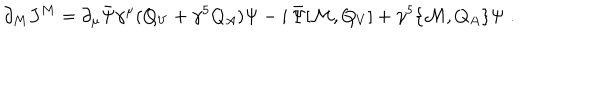
\partial _ { M } J ^ { M } = \partial _ { \mu } \bar { \Psi } \gamma ^ { \mu } ( Q _ { V } + \gamma ^ { 5 } Q _ { A } ) \Psi - i \, \bar { \Psi } [ { \cal M } , Q _ { V } ] + \gamma ^ { 5 } \{ { \cal M } , Q _ { A } \} \Psi \; .